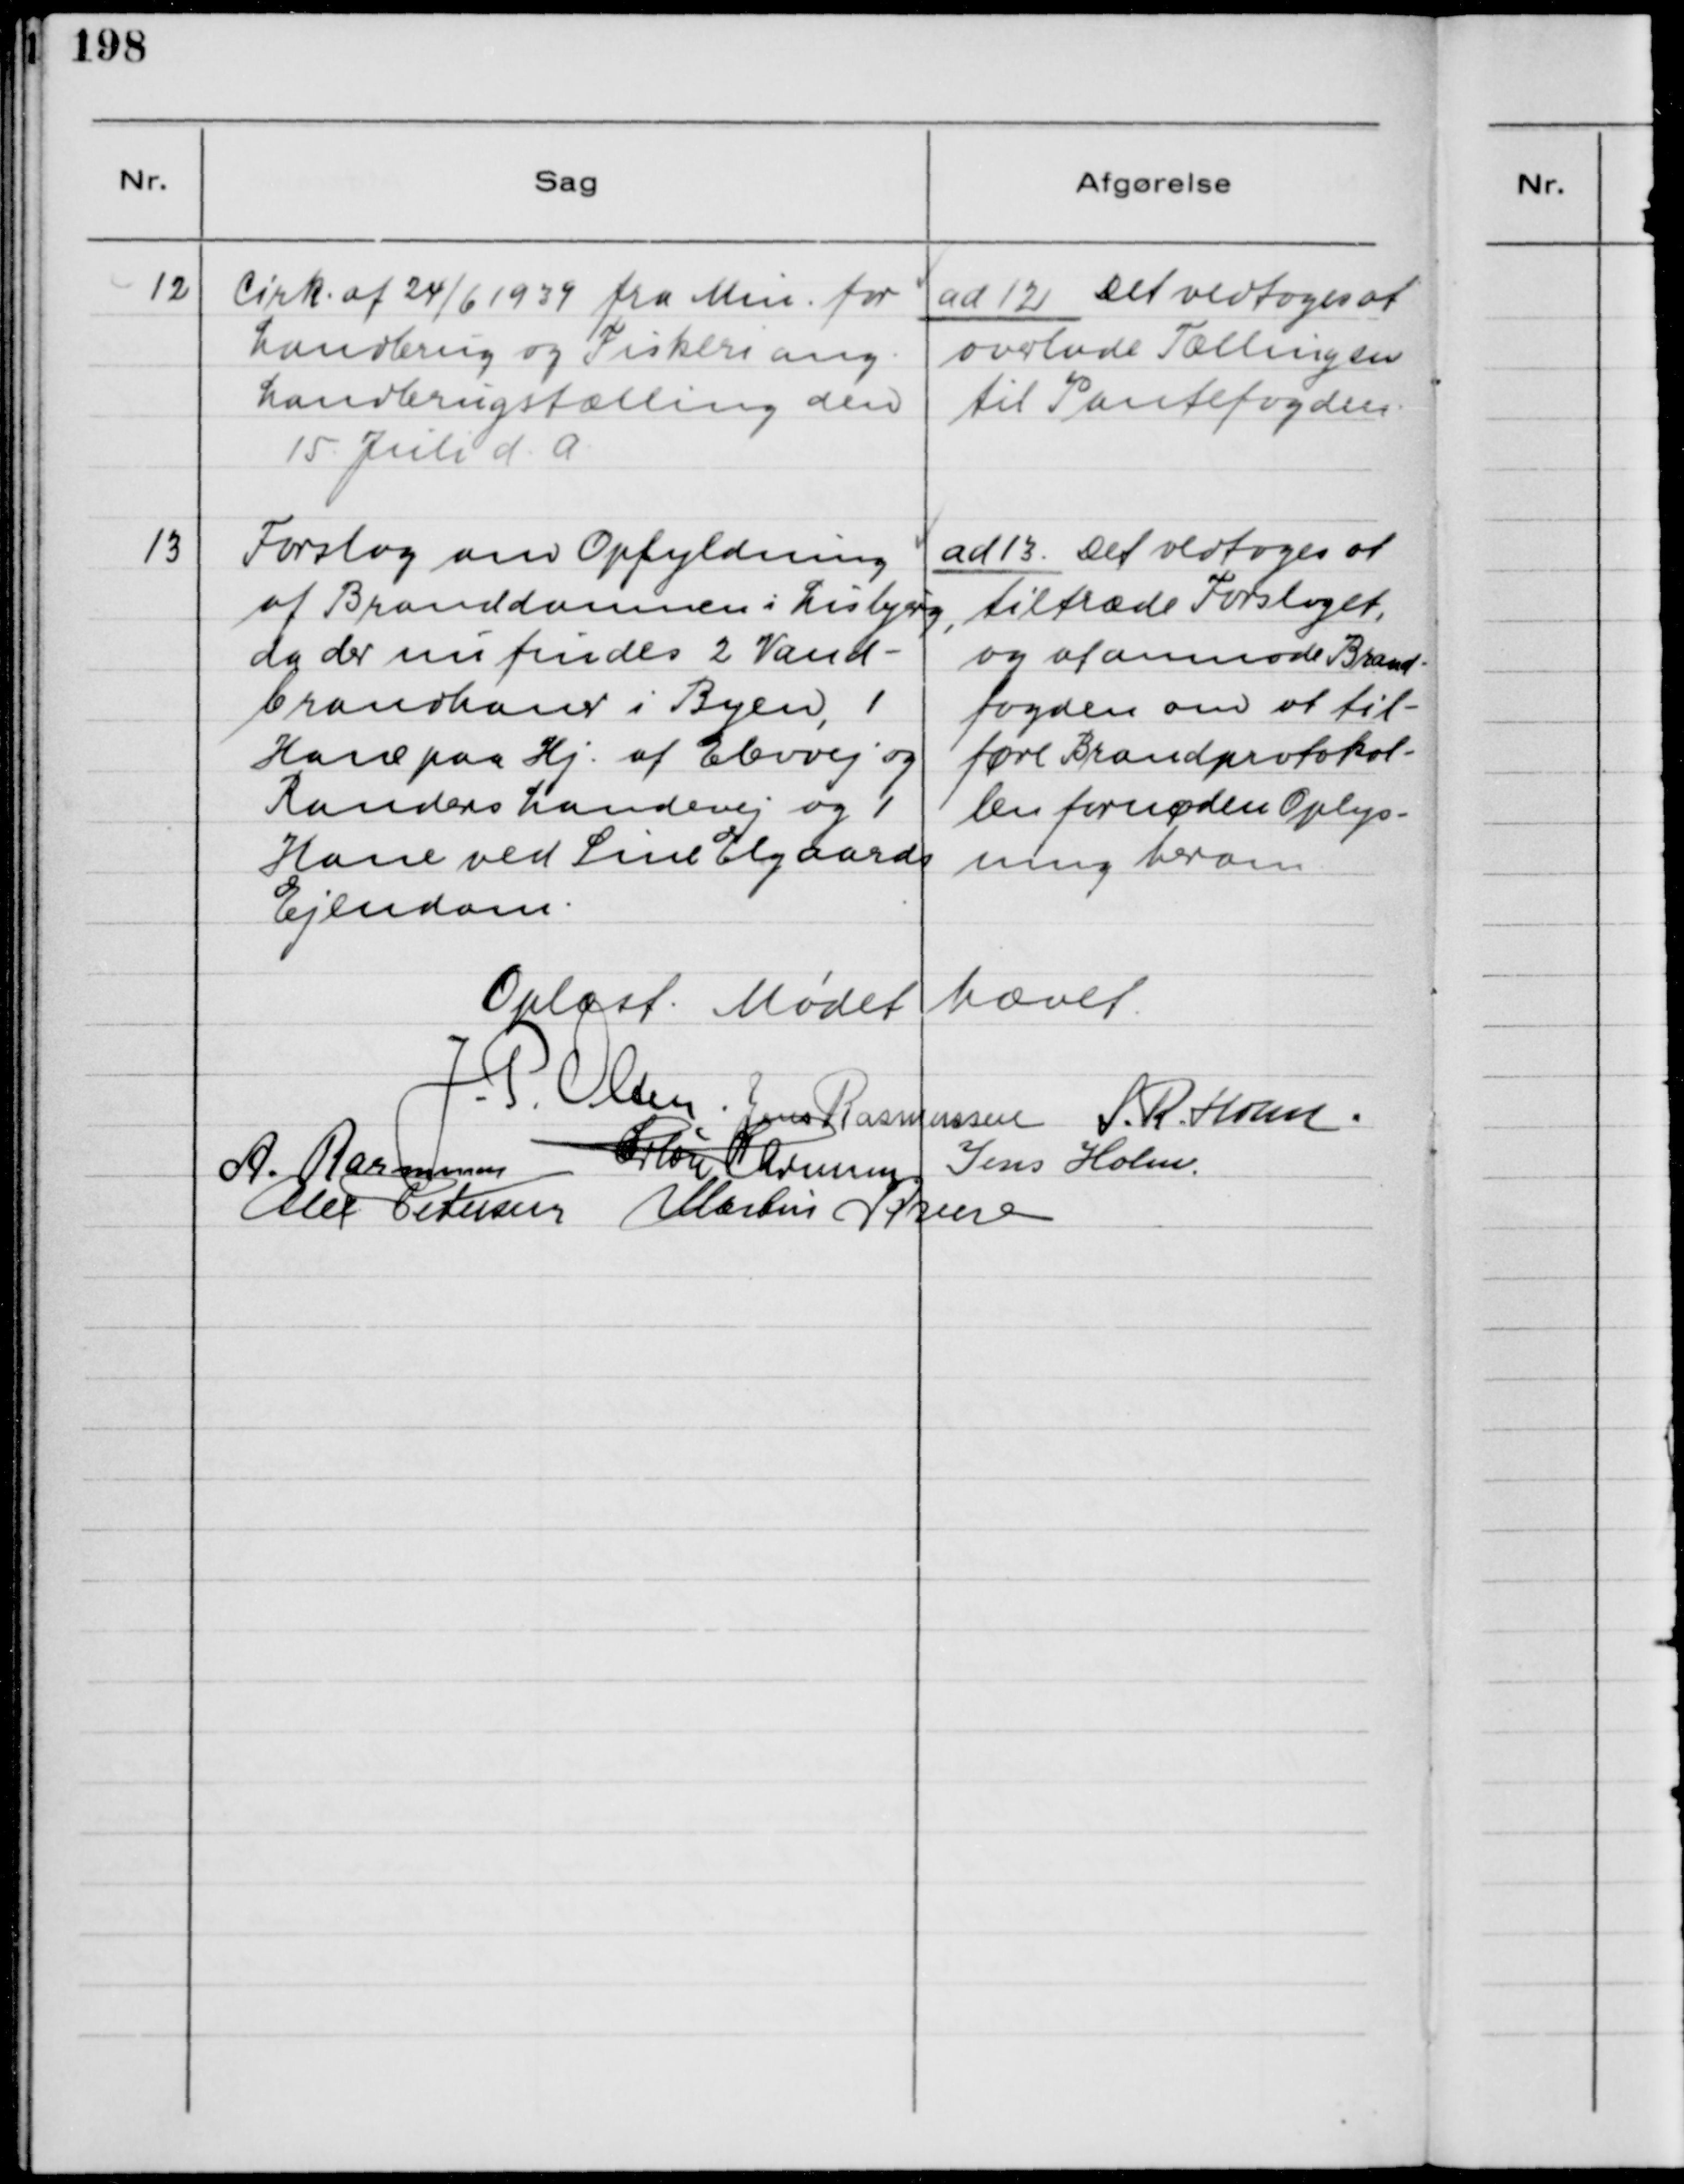
Transskription:
12

Cirk. af 24/6 1939 fra Min. for
Landbrug og Fiskeri ang.
Landbrugstælling den
15. Juli d.A.

ad 12 Det vedtoges at
overlade Tællingen
til Pantefogden.

13

Forslag om Opfyldning
af Branddammen i Lisbjerg,
da der nu findes 2 Vand-
brandhaner i Byen, 1
Hane paa Hj. af Elevvej og
Randers Landevej og 1
Hane ved Sine Elgaards
Ejendom.

ad 13. Det vedtoges at
tiltræde Forslaget,
og at anmode Brand-
fogden om at til-
føre Brandprotokol-
len fornøden Oplys-
ning herom.

Oplæst. Mødet hævet.